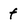
Character: f